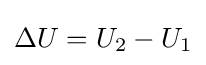
\Delta U=U_{2}-U_{1}